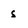
Character: s